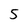
Character: 5